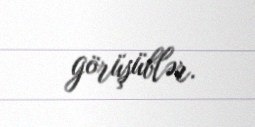
görüşüblər.